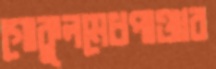
গোকুলমেধপাঞ্জাব